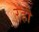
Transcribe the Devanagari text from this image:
रहौ